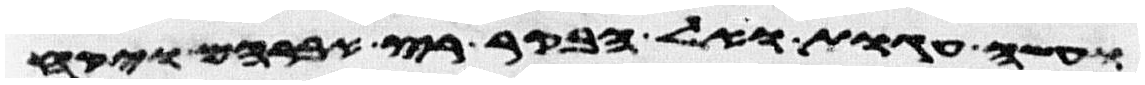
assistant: ועשה עגות ואל הבקר רץ אברהם ויקח